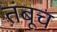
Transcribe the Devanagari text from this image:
तंबूच